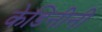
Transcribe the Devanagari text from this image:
केडिनीनी